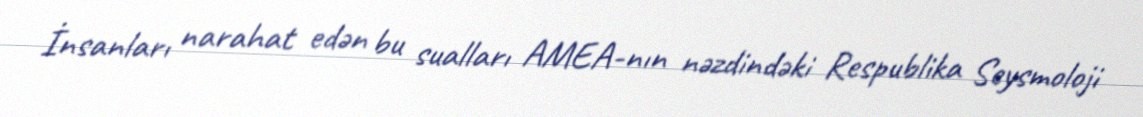
İnsanları narahat edən bu sualları AMEA-nın nəzdindəki Respublika Seysmoloji